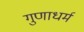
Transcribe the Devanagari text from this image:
गुणाधर्म